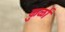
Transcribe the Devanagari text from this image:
कुर्ळा